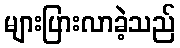
များပြားလာခဲ့သည်